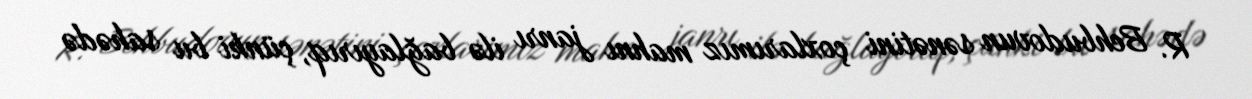
R. Behbudovun sənətini çoxlarımız mahnı janrı ilə bağlayırıq, çünki bu sahədə